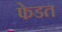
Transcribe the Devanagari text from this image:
फेडत